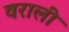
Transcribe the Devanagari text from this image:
वराली